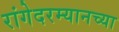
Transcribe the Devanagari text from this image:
रांगेदरम्यानच्या